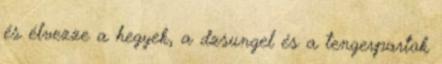
és élvezze a hegyek, a dzsungel és a tengerpartok